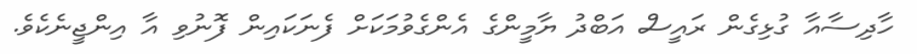
ހާދިސާއާ ގުޅިގެން ރައީސް އަބްދު ޔާމީންގެ އެންގެވުމަކަށް ފެނަކައިން ފޮނުވި އާ އިންޖީނެކެވެ.